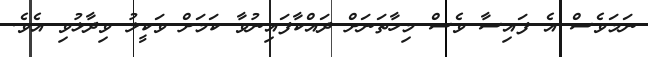
ނަމަވެސް އެ ފައިސާ ވެސް މިހާތަނަށް ދައްކާފައިނުވާ ކަމަށް ވަކީލު ވިދާޅުވި އެވެ.